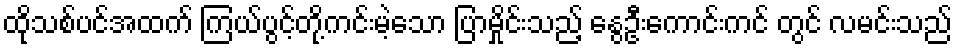
ထိုသစ်ပင်အထက် ကြယ်ပွင့်တို့ကင်းမဲ့သော ပြာမှိုင်းသည့် နွေဦးကောင်းကင် တွင် လမင်းသည်